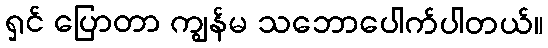
ရှင် ပြောတာ ကျွန်မ သဘောပေါက်ပါတယ်။